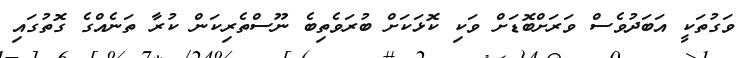
ވަގުތަކީ އަބަދުވެސް ވަރަށްބޮޑަށް ވަކި ކޮޅަކަށް ބުރަވެތިބެ ނޫސްތެރިކަން ކުރާ ތަނެއްގެ ގޮތުގައި